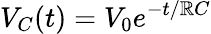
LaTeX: V_{C}(t)=V_{0}e^{-t/\mathbb{R}C}